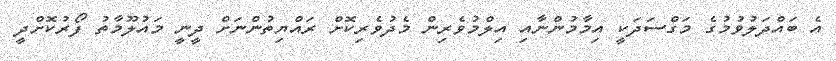
އެ ބައްދަލުވުމުގެ މަގްސަދަކީ އިމާމުންނާއި އިލްމުވެރިން މެދުވެރިކޮށް ރައްޔިތުންނަށް ދީނީ މައުލޫމާތު ފޯރުކޮށްދީ